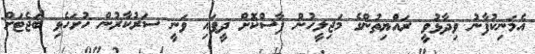
އެމަނިކުފާނު ވިދާޅުވީ ރައްޔިތުންގެ މަޖިލީހުން ފާސްކޮށް ދީފައި ވަނީ ސަރުކާރުން ހުށަހެޅި ބަޖެޓަށް